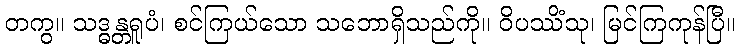
တကွ။ သဒ္ဓန္တရူပံ၊ စင်ကြယ်သော သဘောရှိသည်ကို။ ဝိပဿိံသု၊ မြင်ကြကုန်ပြီ။